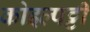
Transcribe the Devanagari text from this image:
कोइल्पट्टी